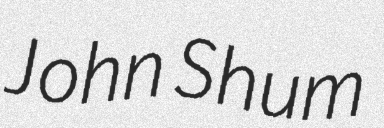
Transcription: John Shum